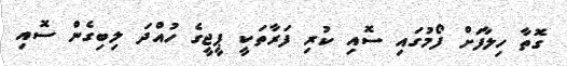
ގޮތާ ހިލާފަށް ފޯމުގައި ސޮއި ކުރި ފަރާތަކީ ޕީޖީގެ ހުއްދަ ލިބިގެން ސޮއި